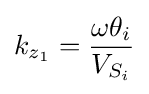
k_{z_{1}}={\frac {\omega \theta _{i}}{V_{S_{i}}}}